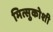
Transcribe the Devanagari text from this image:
मित्सुकोशी